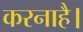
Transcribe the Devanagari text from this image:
करनाहै।